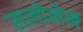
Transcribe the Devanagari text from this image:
सलोनेन